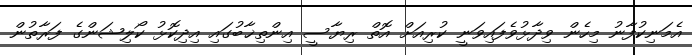
އެމަނިކުފާނު މިހެން ވިދާޅުވެފައިވަނީ ކުރިއަށް އޮތް ރިޔާސީ އިންތިޚާބުގައި އިދިކޮޅު ކޯލިޝަންގެ ފަރާތުން